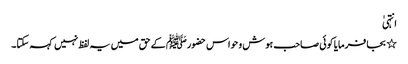
انتہیٰ
٭ بجا فرمایا کوئی صاحب ہوش و حواس حضورﷺ کے حق میں یہ لفظ نہیں کہہ سکتا۔